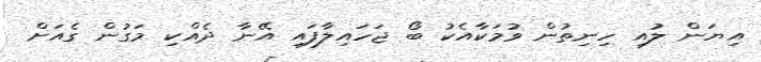
އިޔަން ލުއި ހިނިތުން ވުމަކާއެކު ބޯ ޖަހައިލާފައި އޭނާ ދެއްކި މަގުން ގެއަށް